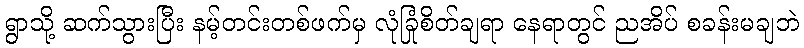
ရွာသို့ ဆက်သွားပြီး နမ့်တင်းတစ်ဖက်မှ လုံခြုံစိတ်ချရာ နေရာတွင် ညအိပ် စခန်းမချဘဲ